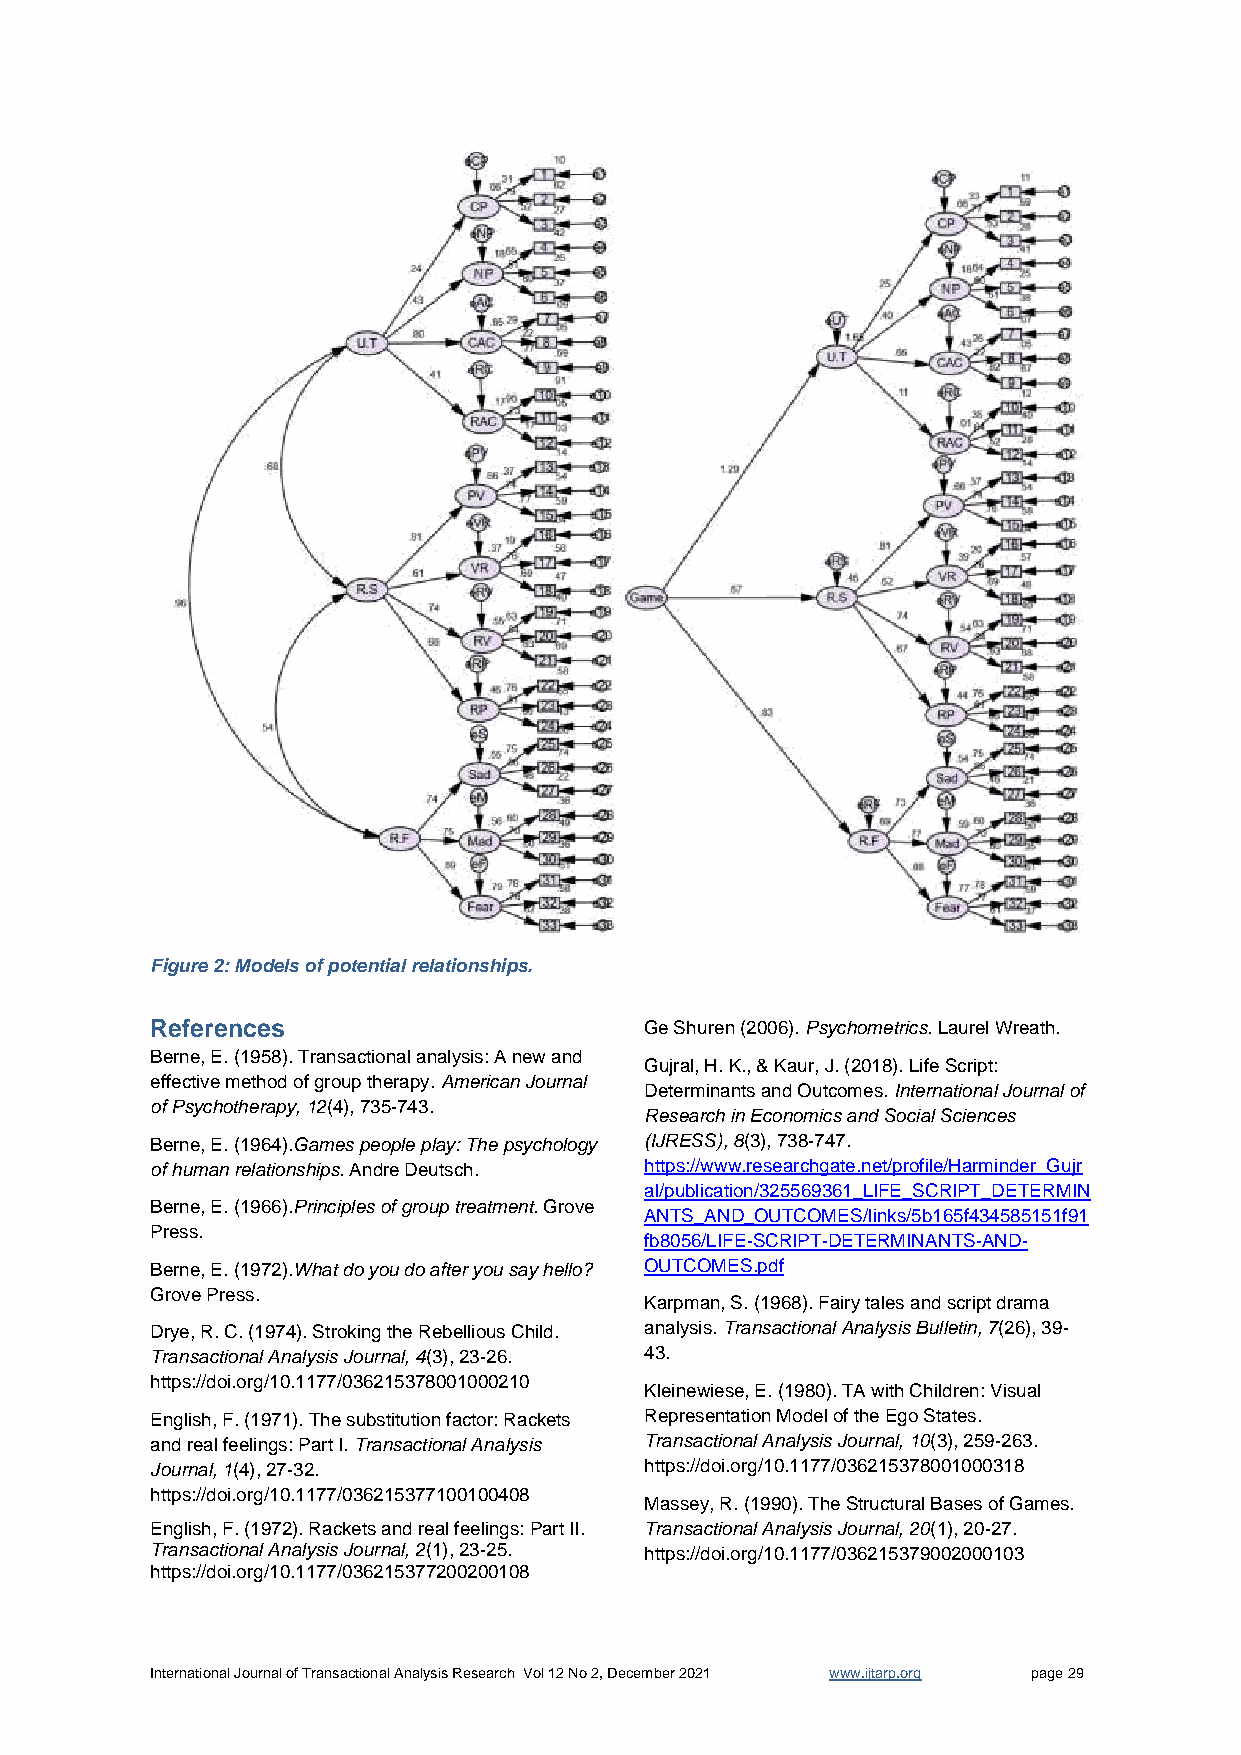
Figure 2: Models of potential relationships.
 References                       Ge Shuren (2006). Psychometrics. Laurel Wreath.
 Berne, E. (1958). Transactional analysis: A new and
 Gujral, H. K., & Kaur, J. (2018). Life Script:
 effective method of group therapy. American Journal
 Determinants and Outcomes. International Journal of
 of Psychotherapy, 12(4), 735-743.
 Research in Economics and Social Sciences
 Berne, E. (1964).Games people play: The psychology (IJRESS), 8(3), 738-747.
 of human relationships. Andre Deutsch. https://www.researchgate.net/profile/Harminder_Gujr
 al/publication/325569361_LIFE_SCRIPT_DETERMIN
 Berne, E. (1966).Principles of group treatment. Grove
 ANTS_AND_OUTCOMES/links/5b165f434585151f91
 Press.
 fb8056/LIFE-SCRIPT-DETERMINANTS-AND-
 Berne, E. (1972).What do you do after you say hello? OUTCOMES.pdf
 Grove Press.
 Karpman, S. (1968). Fairy tales and script drama
 Drye, R. C. (1974). Stroking the Rebellious Child. analysis. Transactional Analysis Bulletin, 7(26), 39-
 Transactional Analysis Journal, 4(3), 23-26. 43.
 https://doi.org/10.1177/036215378001000210
 Kleinewiese, E. (1980). TA with Children: Visual
 English, F. (1971). The substitution factor: Rackets Representation Model of the Ego States.
 and real feelings: Part I. Transactional Analysis Transactional Analysis Journal, 10(3), 259-263.
 Journal, 1(4), 27-32.            https://doi.org/10.1177/036215378001000318
 https://doi.org/10.1177/036215377100100408
 Massey, R. (1990). The Structural Bases of Games.
 English, F. (1972). Rackets and real feelings: Part II. Transactional Analysis Journal, 20(1), 20-27.
 Transactional Analysis Journal, 2(1), 23-25. https://doi.org/10.1177/036215379002000103
 https://doi.org/10.1177/036215377200200108
 International Journal of Transactional Analysis Research Vol 12 No 2, December 2021 www.ijtarp.org page 29